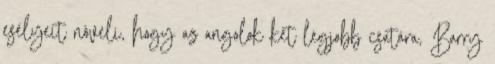
esélyeit növeli, hogy az angolok két legjobb csatára, Barry